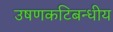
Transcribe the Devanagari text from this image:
उषणकटिबन्धीय